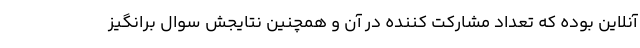
آنلاین بوده که تعداد مشارکت کننده در آن و همچنین نتایجش سوال برانگیز